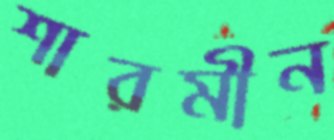
শারমীন